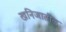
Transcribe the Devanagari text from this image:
खनिजातील